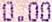
0.00